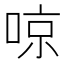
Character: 𠶛